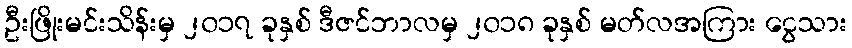
ဦးဖြိုးမင်းသိန်းမှ ၂၀၁၇ ခုနှစ် ဒီဇင်ဘာလမှ ၂၀၁၈ ခုနှစ် မတ်လအကြား ငွေသား